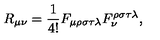
R _ { \mu \nu } = \frac { 1 } { 4 ! } F _ { \mu \rho \sigma \tau \lambda } F _ { \nu } ^ { \rho \sigma \tau \lambda } ,